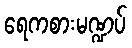
ရေကစားမဏ္ဍပ်